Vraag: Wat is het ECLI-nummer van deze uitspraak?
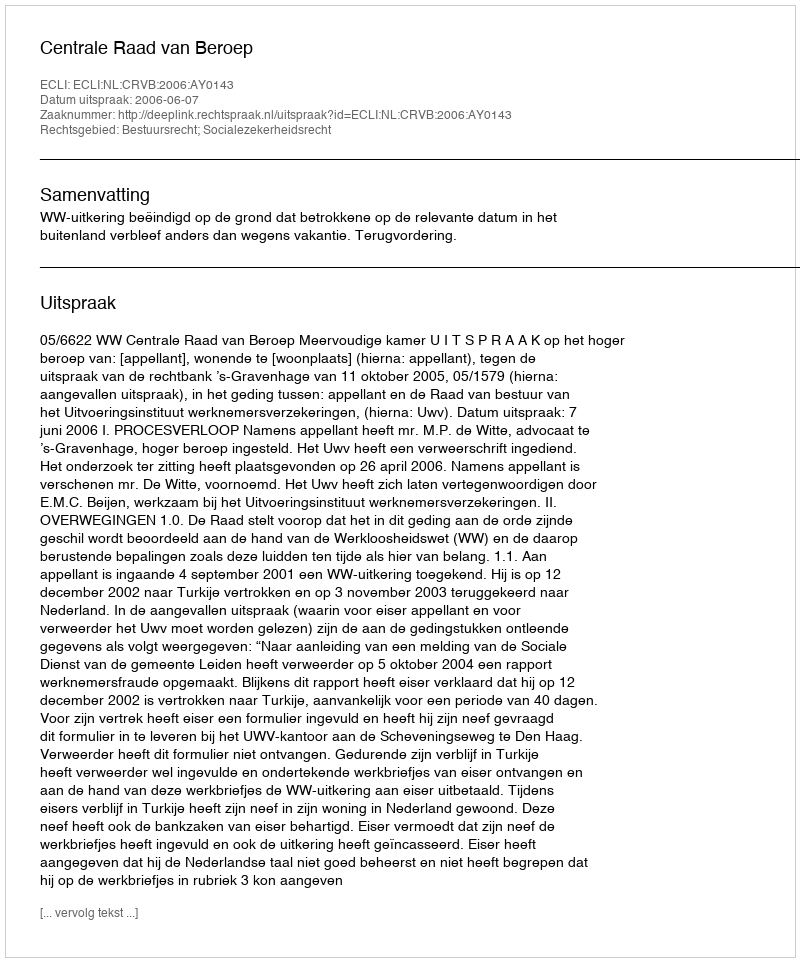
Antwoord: ECLI:NL:CRVB:2006:AY0143